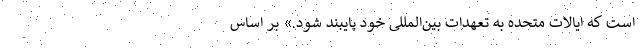
است که ایالات متحده به تعهدات بین‌المللی خود پایبند شود.» بر اساس